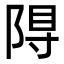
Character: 𮥎